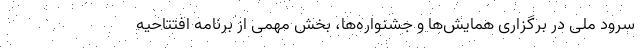
سرود ملی در برگزاری همایش‌ها و جشنواره‌ها، بخش مهمی از برنامه افتتاحیه